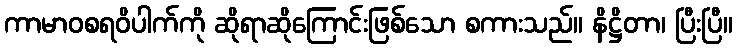
ကာမာဝစရဝိပါက်ကို ဆိုရာဆိုကြောင်းဖြစ်သော စကားသည်။ နိဋ္ဌိတာ၊ ပြီးပြီ။